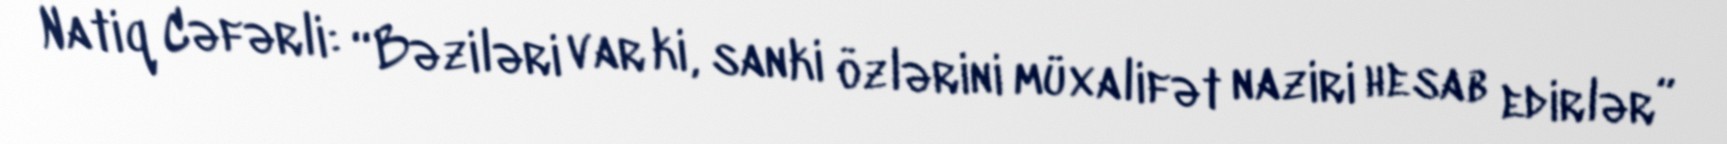
Natiq Cəfərli: “Bəziləri var ki, sanki özlərini müxalifət naziri hesab edirlər”